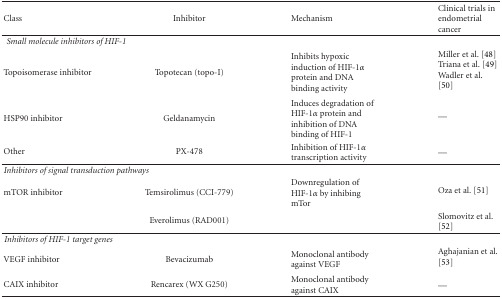
| Class | Inhibitor | Mechanism | Clinical trials in endometrial cancer |
 | --- | --- | --- | --- |
 | <COLSPAN=4> Small molecule inhibitors of HIF-1 |
 | Topoisomerase inhibitor | Topotecan (topo-I) | Inhibits hypoxic induction of HIF-1α protein and DNA binding activity | Miller et al. [48] Triana et al. [49] Wadler et al. [50] |
 | HSP90 inhibitor | Geldanamycin | Induces degradation of HIF-1α protein and inhibition of DNA binding of HIF-1 | — |
 | Other | PX-478 | Inhibition of HIF-1α transcription activity | — |
 | <COLSPAN=4> Inhibitors of signal transduction pathways |
 | mTOR inhibitor | Temsirolimus (CCI-779) | Downregulation of HIF-1α by inhibing mTor | Oza et al. [51] |
 |  | Everolimus (RAD001) |  | Slomovitz et al. [52] |
 | <COLSPAN=4> Inhibitors of HIF-1 target genes |
 | VEGF inhibitor | Bevacizumab | Monoclonal antibody against VEGF | Aghajanian et al. [53] |
 | CAIX inhibitor | Rencarex (WX G250) | Monoclonal antibody against CAIX | — |